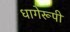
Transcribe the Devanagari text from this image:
धागेरूपी